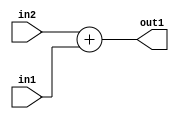
`timescale 1ps / 1ps
/*****************************************************************************
    Verilog RTL Description
    
    
    Created by: Stratus DpOpt 2019.1.01 
*******************************************************************************/

module st_weight_addr_gen_Add_16Ux8U_16U_4_5 (
	in2,
	in1,
	out1
	); /* architecture "behavioural" */ 
input [15:0] in2;
input [7:0] in1;
output [15:0] out1;
wire [15:0] asc001;

assign asc001 = 
	+(in2)
	+(in1);

assign out1 = asc001;
endmodule

/* CADENCE  ubL1Qg0= : u9/ySgnWtBlWxVPRXgAZ4Og= ** DO NOT EDIT THIS LINE ******/